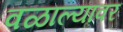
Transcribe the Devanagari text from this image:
वळाल्यावर